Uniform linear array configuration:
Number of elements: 64
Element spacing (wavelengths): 1
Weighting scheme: binomial
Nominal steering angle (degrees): -45
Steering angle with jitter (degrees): -44.145
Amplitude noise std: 0.05
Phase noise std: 0.05

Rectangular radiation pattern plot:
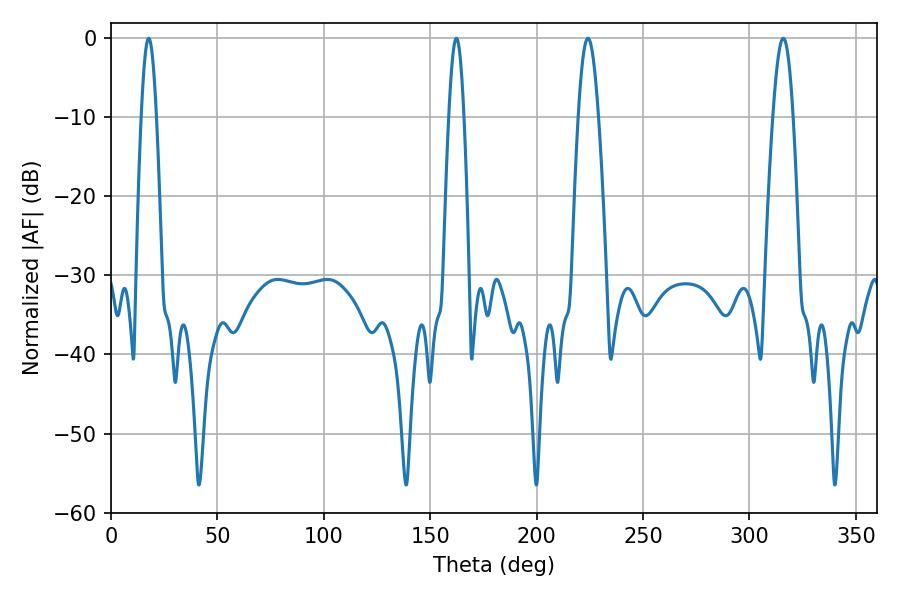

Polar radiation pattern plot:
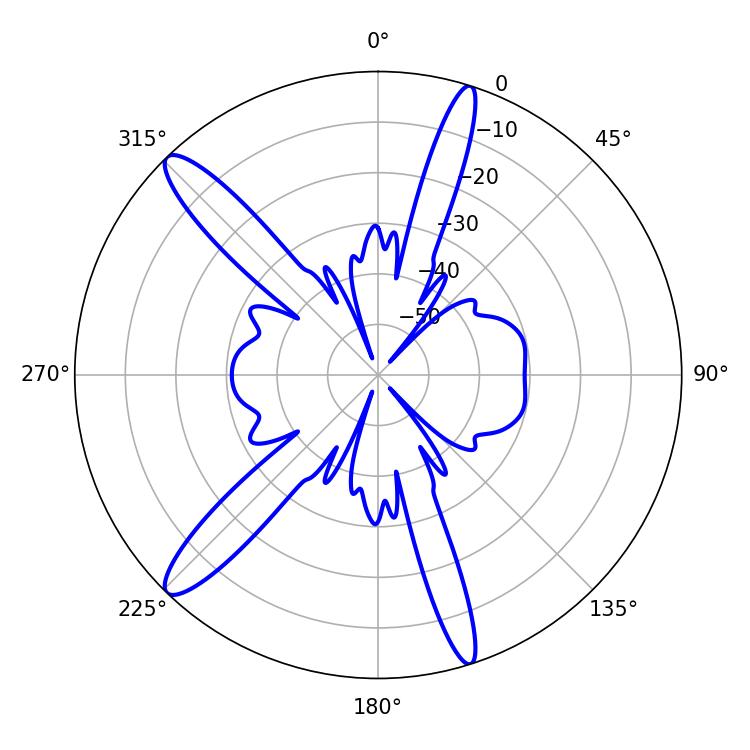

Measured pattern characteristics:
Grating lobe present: TRUE
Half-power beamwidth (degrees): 5.04
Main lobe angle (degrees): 224.1